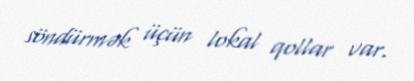
söndürmək üçün lokal qollar var.